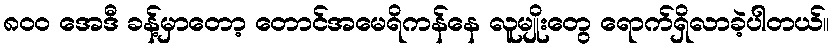
၈၀၀ အေဒီ ခန့်မှာတော့ တောင်အမေရိကန်နေ လူမျိုးတွေ ရောက်ရှိလာခဲ့ပါတယ်။